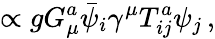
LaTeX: \propto gG_{\mu}^{a}{\bar{\psi}}_{i}\gamma^{\mu}T_{ij}^{a}\psi_{j}\, ,